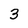
Character: 3